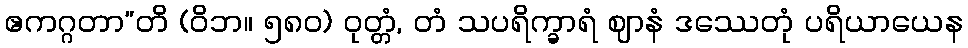
ဧကဂ္ဂတာ”တိ (ဝိဘ။ ၅၈၀) ဝုတ္တံ, တံ သပရိက္ခာရံ ဈာနံ ဒဿေတုံ ပရိယာယေန